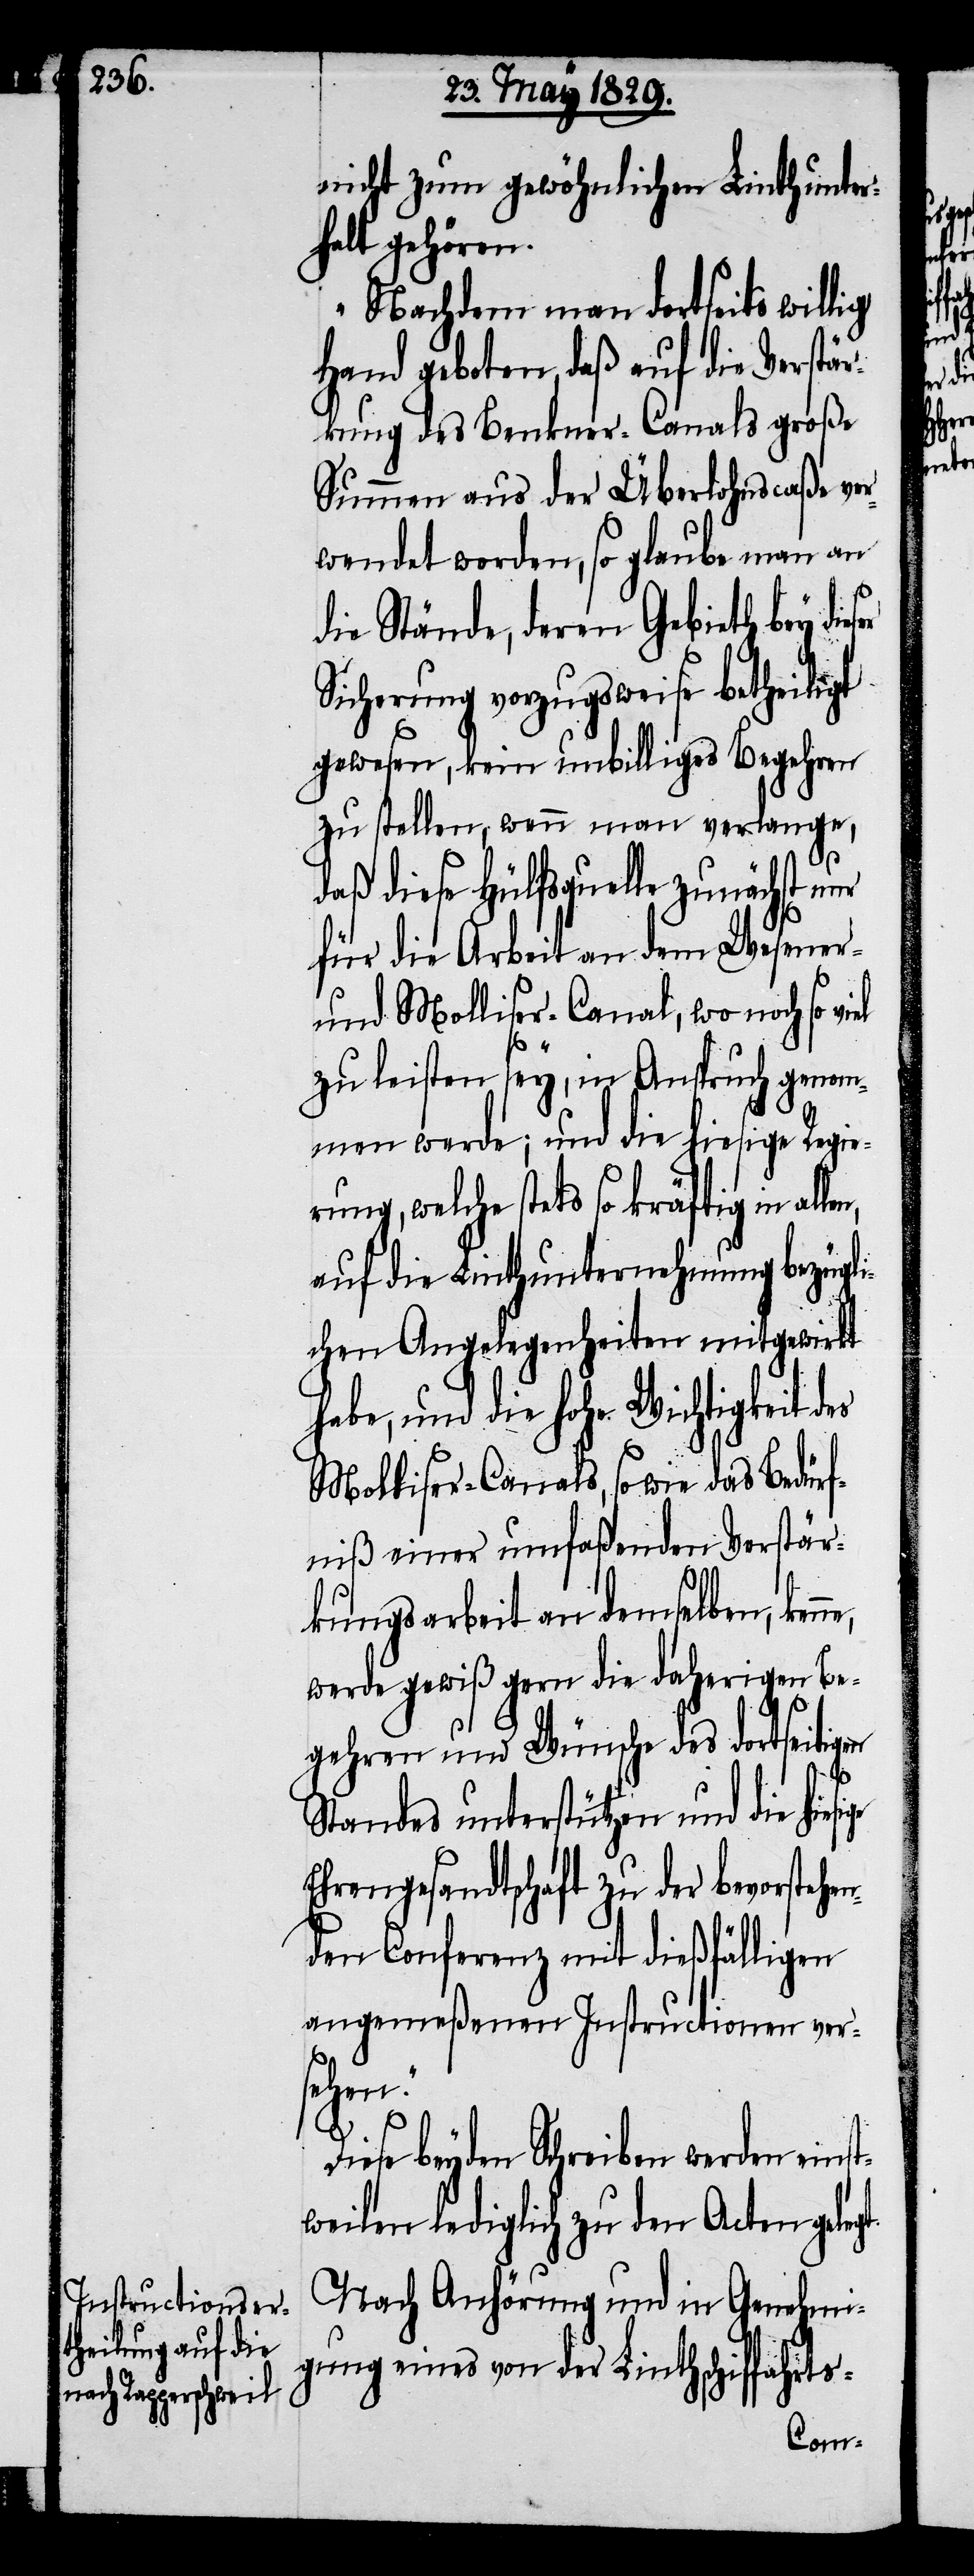
nicht zum gewöhnlichen Linthunter¬
halt gehören.
Nachdem man dortseits willig
Hand geboten, daß auf die Verstä¬
rkung des Benkner-Canals große
Summen aus der Überlohnscaße ve¬
rwendet worden, so glaube man an
die Stände, deren Gebieth bey die¬
Sicherung vorzugsweise betheiligt
gewesen, kein unbilliges Begehren
zu stellen, wenn man verlange,
daß diese Hülfsquelle zunächst nur
für die Arbeit an dem Wesener-
und Molliser-Canal, wo noch so vi¬
el
zu leisten sey, in Anspruch genom¬
men werde; und die hiesige Regi¬
rung, welche stets so kräftig in al¬
auf die Linthunternehmung bezügli¬
chen Angelegenheiten mitgewirkt
habe, und die hohe Wichtigkeit d¬
Molliser-Canals, so wie das Bedürf¬
niß einer umfaßenden Verstär¬
kungsarbeit an demselben, ken¬
werde gewiß gern die daherigen Be¬
gehren und Wünsche des dortseitigen
gt.
Standes unterstützen und die hie¬
Ehrengesandtschaft zu der bevorstehe¬
nden Conferenz mit dießfälligen
angemeßenen Instructionen vers¬
ehen.“
Diese beyden Schreiben werden eins¬
weilen lediglich zu den Acten gele¬
Nach Anhörung und in Genehmi¬
gung eines von der Linthschiffahrts-

ne,
t¬